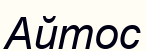
Айтос